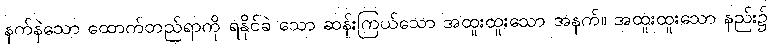
နက်နဲသော ထောက်တည်ရာကို ရနိုင်ခဲ သော ဆန်းကြယ်သော အထူးထူးသော အနက်။ အထူးထူးသော နည်း၌